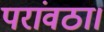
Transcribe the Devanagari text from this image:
परांवठा।